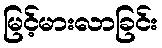
မြင့်မားလာခြင်း